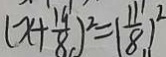
( x + \frac { 1 9 } { 8 } ) ^ { 2 } = ( \frac { 1 1 } { 8 } ) ^ { 2 }